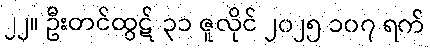
၂၂။ ဦးတင်ထွဋ် ၃၁ ဇူလိုင် ၂၀၂၅ ၁၀၇ ရက်